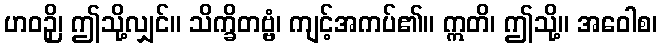
ဟဝဉှိ၊ ဤသို့လျှင်။ သိက္ခိတဗ္ဗံ၊ ကျင့်အကပ်၏။ ဣတိ၊ ဤသို့။ အဝေါစ၊